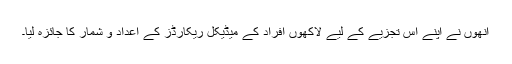
انھوں نے اپنے اس تجزیے کے لیے لاکھوں افراد کے میڈیکل ریکارڈز کے اعداد و شمار کا جائزہ لیا۔